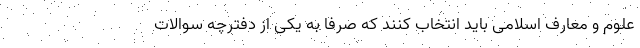
علوم و معارف اسلامی باید انتخاب کنند که صرفا به یکی از دفترچه سوالات